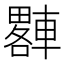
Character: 𨎠